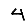
Digit: 4